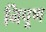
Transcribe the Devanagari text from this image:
निपूण